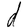
Character: d